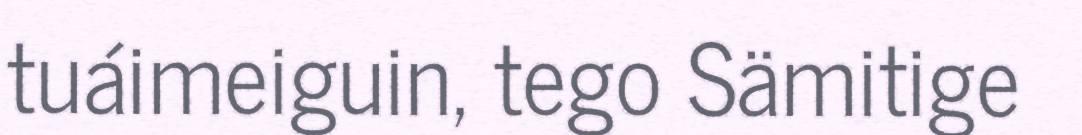
tuáimeiguin, tego Sämitige